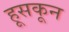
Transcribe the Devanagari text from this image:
हूसकून